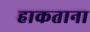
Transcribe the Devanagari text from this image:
हाकताना